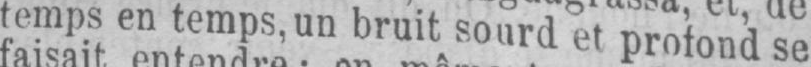
temps en temps, un bruit sourd et profond se